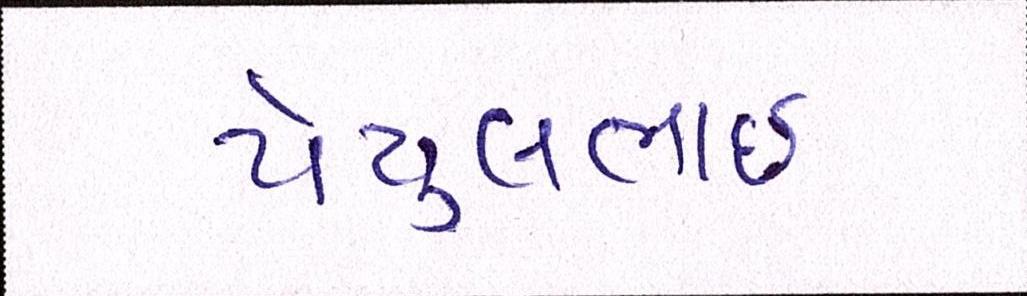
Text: પેયુલભાઈ